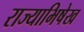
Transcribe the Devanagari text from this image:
राज्याभिषेख